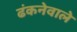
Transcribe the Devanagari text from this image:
ढंकनेवाले